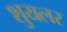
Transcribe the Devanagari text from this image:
शुयलर